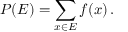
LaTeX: P ( E ) = \sum _ { x \in E } f ( x ) \, .